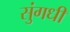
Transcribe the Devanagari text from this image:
सुंगधी